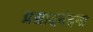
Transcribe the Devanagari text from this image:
प्रसादवंदना